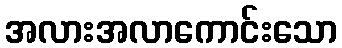
အလားအလာကောင်းသော